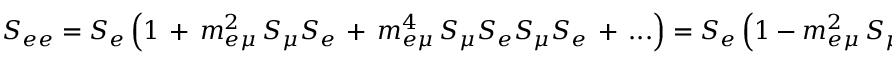
S _ { e e } = S _ { e } \left( 1 \, + \, m _ { e \mu } ^ { 2 } \, S _ { \mu } S _ { e } \, + \, m _ { e \mu } ^ { 4 } \, S _ { \mu } S _ { e } S _ { \mu } S _ { e } \, + \, . . . \right) = S _ { e } \left( 1 - m _ { e \mu } ^ { 2 } \, S _ { \mu } S _ { e } \right) ^ { - 1 } \, ,